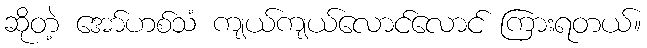
ဆိုတဲ့ အော်ဟစ်သံ ကျယ်ကျယ်လောင်လောင် ကြားရတယ်။